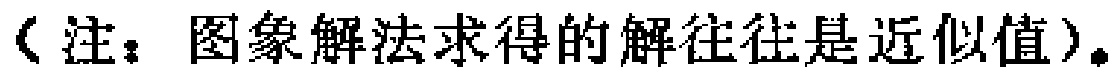
（注：图象解法求得的解往往是近似值）。